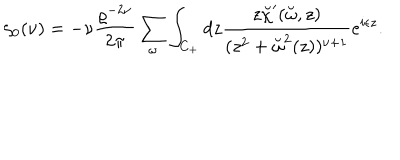
\zeta _ { 0 } ( \nu ) = - \nu { \frac { \varrho ^ { - 2 \nu } } { 2 \pi } } \sum _ { \omega } \int _ { C _ { + } } d z { \frac { z \breve { \chi } ^ { \prime } ( \breve { \omega } , z ) } { ( z ^ { 2 } + \breve { \omega } ^ { 2 } ( z ) ) ^ { \nu + 1 } } } e ^ { i \epsilon z } .